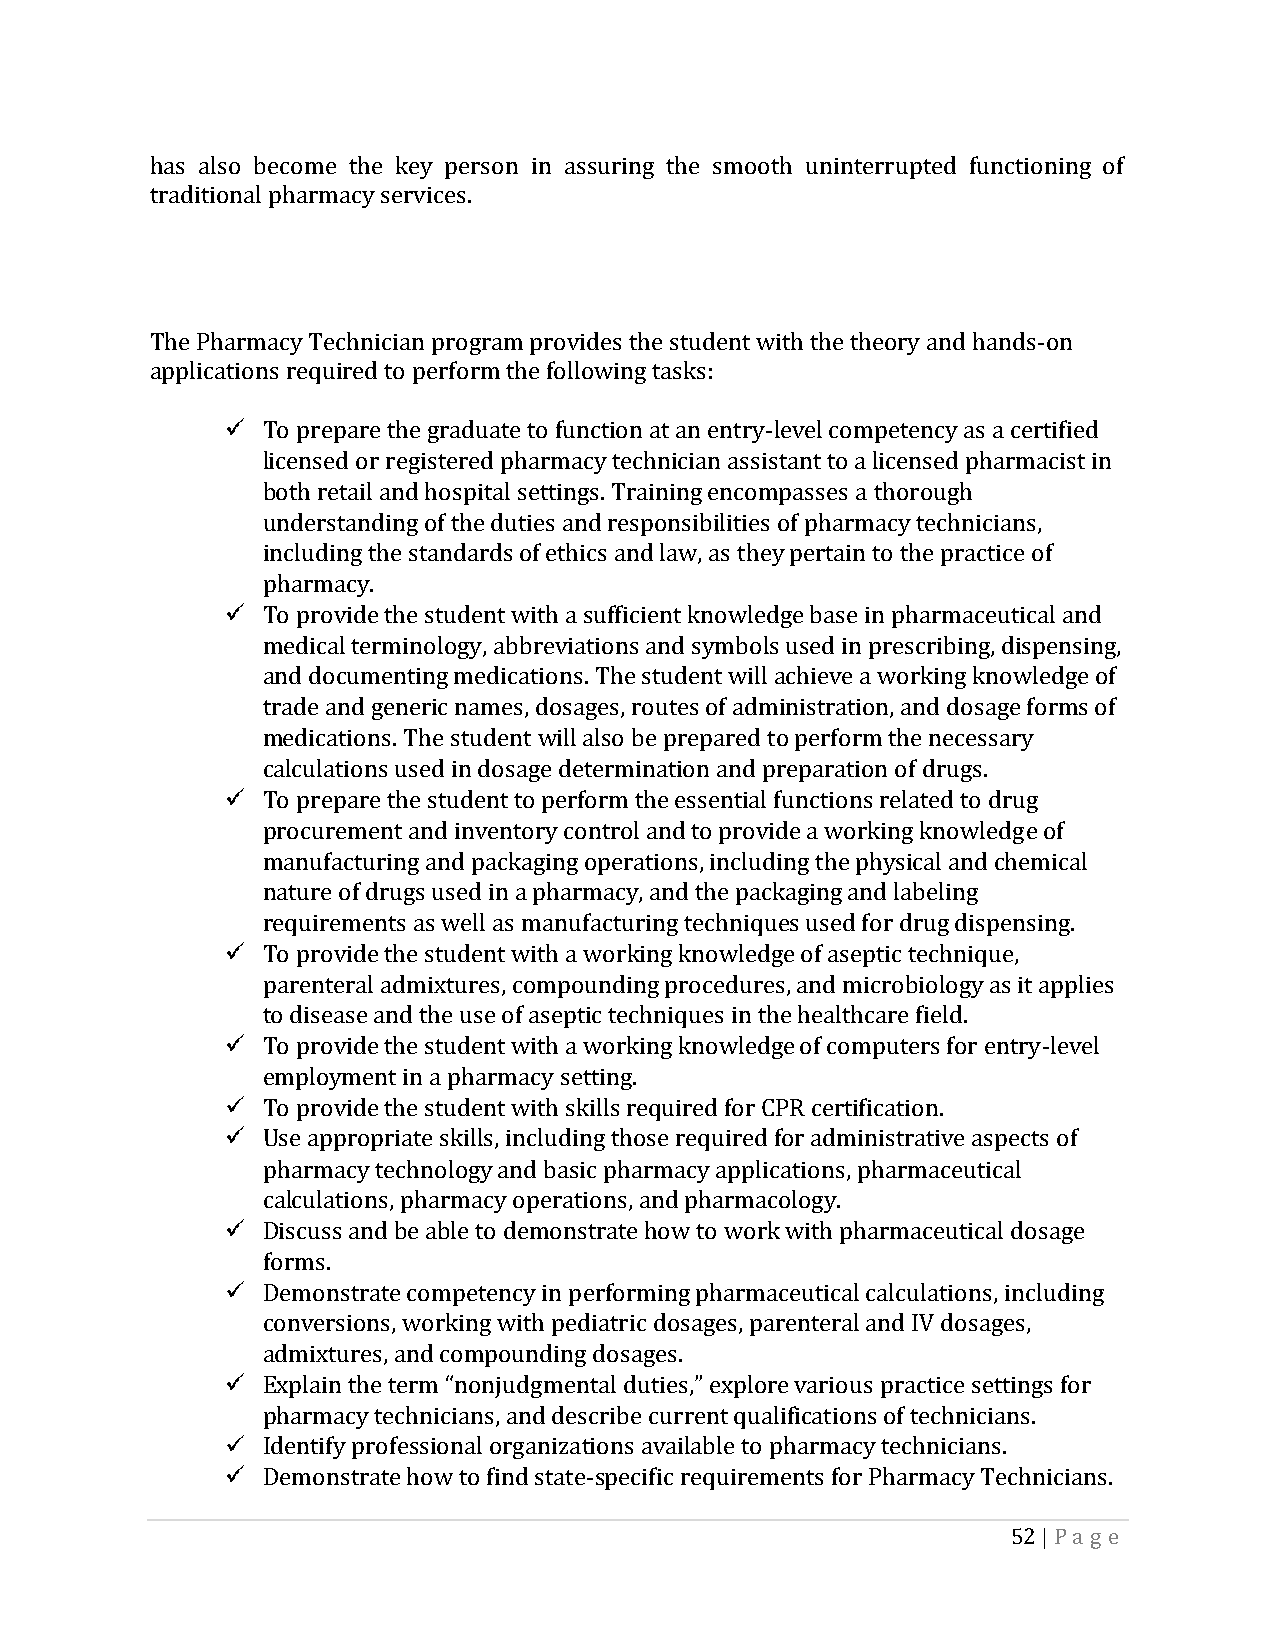
has also become the key person in assuring the smooth uninterrupted functioning of
 traditional pharmacy services.
 The Pharmacy Technician program provides the student with the theory and hands-on
 applications required to perform the following tasks:
 To prepare the graduate to function at an entry-level competency as a certified
 licensed or registered pharmacy technician assistant to a licensed pharmacist in
 both retail and hospital settings. Training encompasses a thorough
 understanding of the duties and responsibilities of pharmacy technicians,
 including the standards of ethics and law, as they pertain to the practice of
 pharmacy.
 To provide the student with a sufficient knowledge base in pharmaceutical and
 medical terminology, abbreviations and symbols used in prescribing, dispensing,
 and documenting medications. The student will achieve a working knowledge of
 trade and generic names, dosages, routes of administration, and dosage forms of
 medications. The student will also be prepared to perform the necessary
 calculations used in dosage determination and preparation of drugs.
 To prepare the student to perform the essential functions related to drug
 procurement and inventory control and to provide a working knowledge of
 manufacturing and packaging operations, including the physical and chemical
 nature of drugs used in a pharmacy, and the packaging and labeling
 requirements as well as manufacturing techniques used for drug dispensing.
 To provide the student with a working knowledge of aseptic technique,
 parenteral admixtures, compounding procedures, and microbiology as it applies
 to disease and the use of aseptic techniques in the healthcare field.
 To provide the student with a working knowledge of computers for entry-level
 employment in a pharmacy setting.
 To provide the student with skills required for CPR certification.
 Use appropriate skills, including those required for administrative aspects of
 pharmacy technology and basic pharmacy applications, pharmaceutical
 calculations, pharmacy operations, and pharmacology.
 Discuss and be able to demonstrate how to work with pharmaceutical dosage
 forms.
 Demonstrate competency in performing pharmaceutical calculations, including
 conversions, working with pediatric dosages, parenteral and IV dosages,
 admixtures, and compounding dosages.
 Explain the term “nonjudgmental duties,” explore various practice settings for
 pharmacy technicians, and describe current qualifications of technicians.
 Identify professional organizations available to pharmacy technicians.
 Demonstrate how to find state-specific requirements for Pharmacy Technicians.
 52 | Pa g e